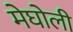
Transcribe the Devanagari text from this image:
मेघोली